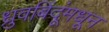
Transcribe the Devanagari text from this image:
ध्रुवबिंदूंमधून